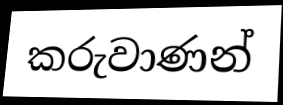
කරුවාණන්